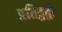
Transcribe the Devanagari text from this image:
प्रतिद्वद्वी